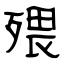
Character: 㱬